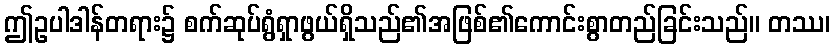
ဤဥပါဒါန်တရား၌ စက်ဆုပ်ရွံရှာဖွယ်ရှိသည်၏အဖြစ်၏ကောင်းစွာတည်ခြင်းသည်။ တဿ၊